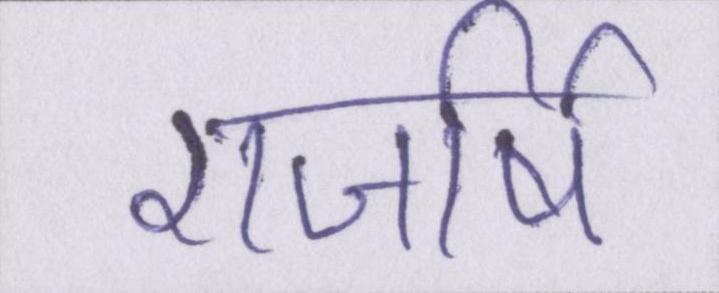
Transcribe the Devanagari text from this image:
राजर्षि